Trukikaitis_Postimees, lk 96
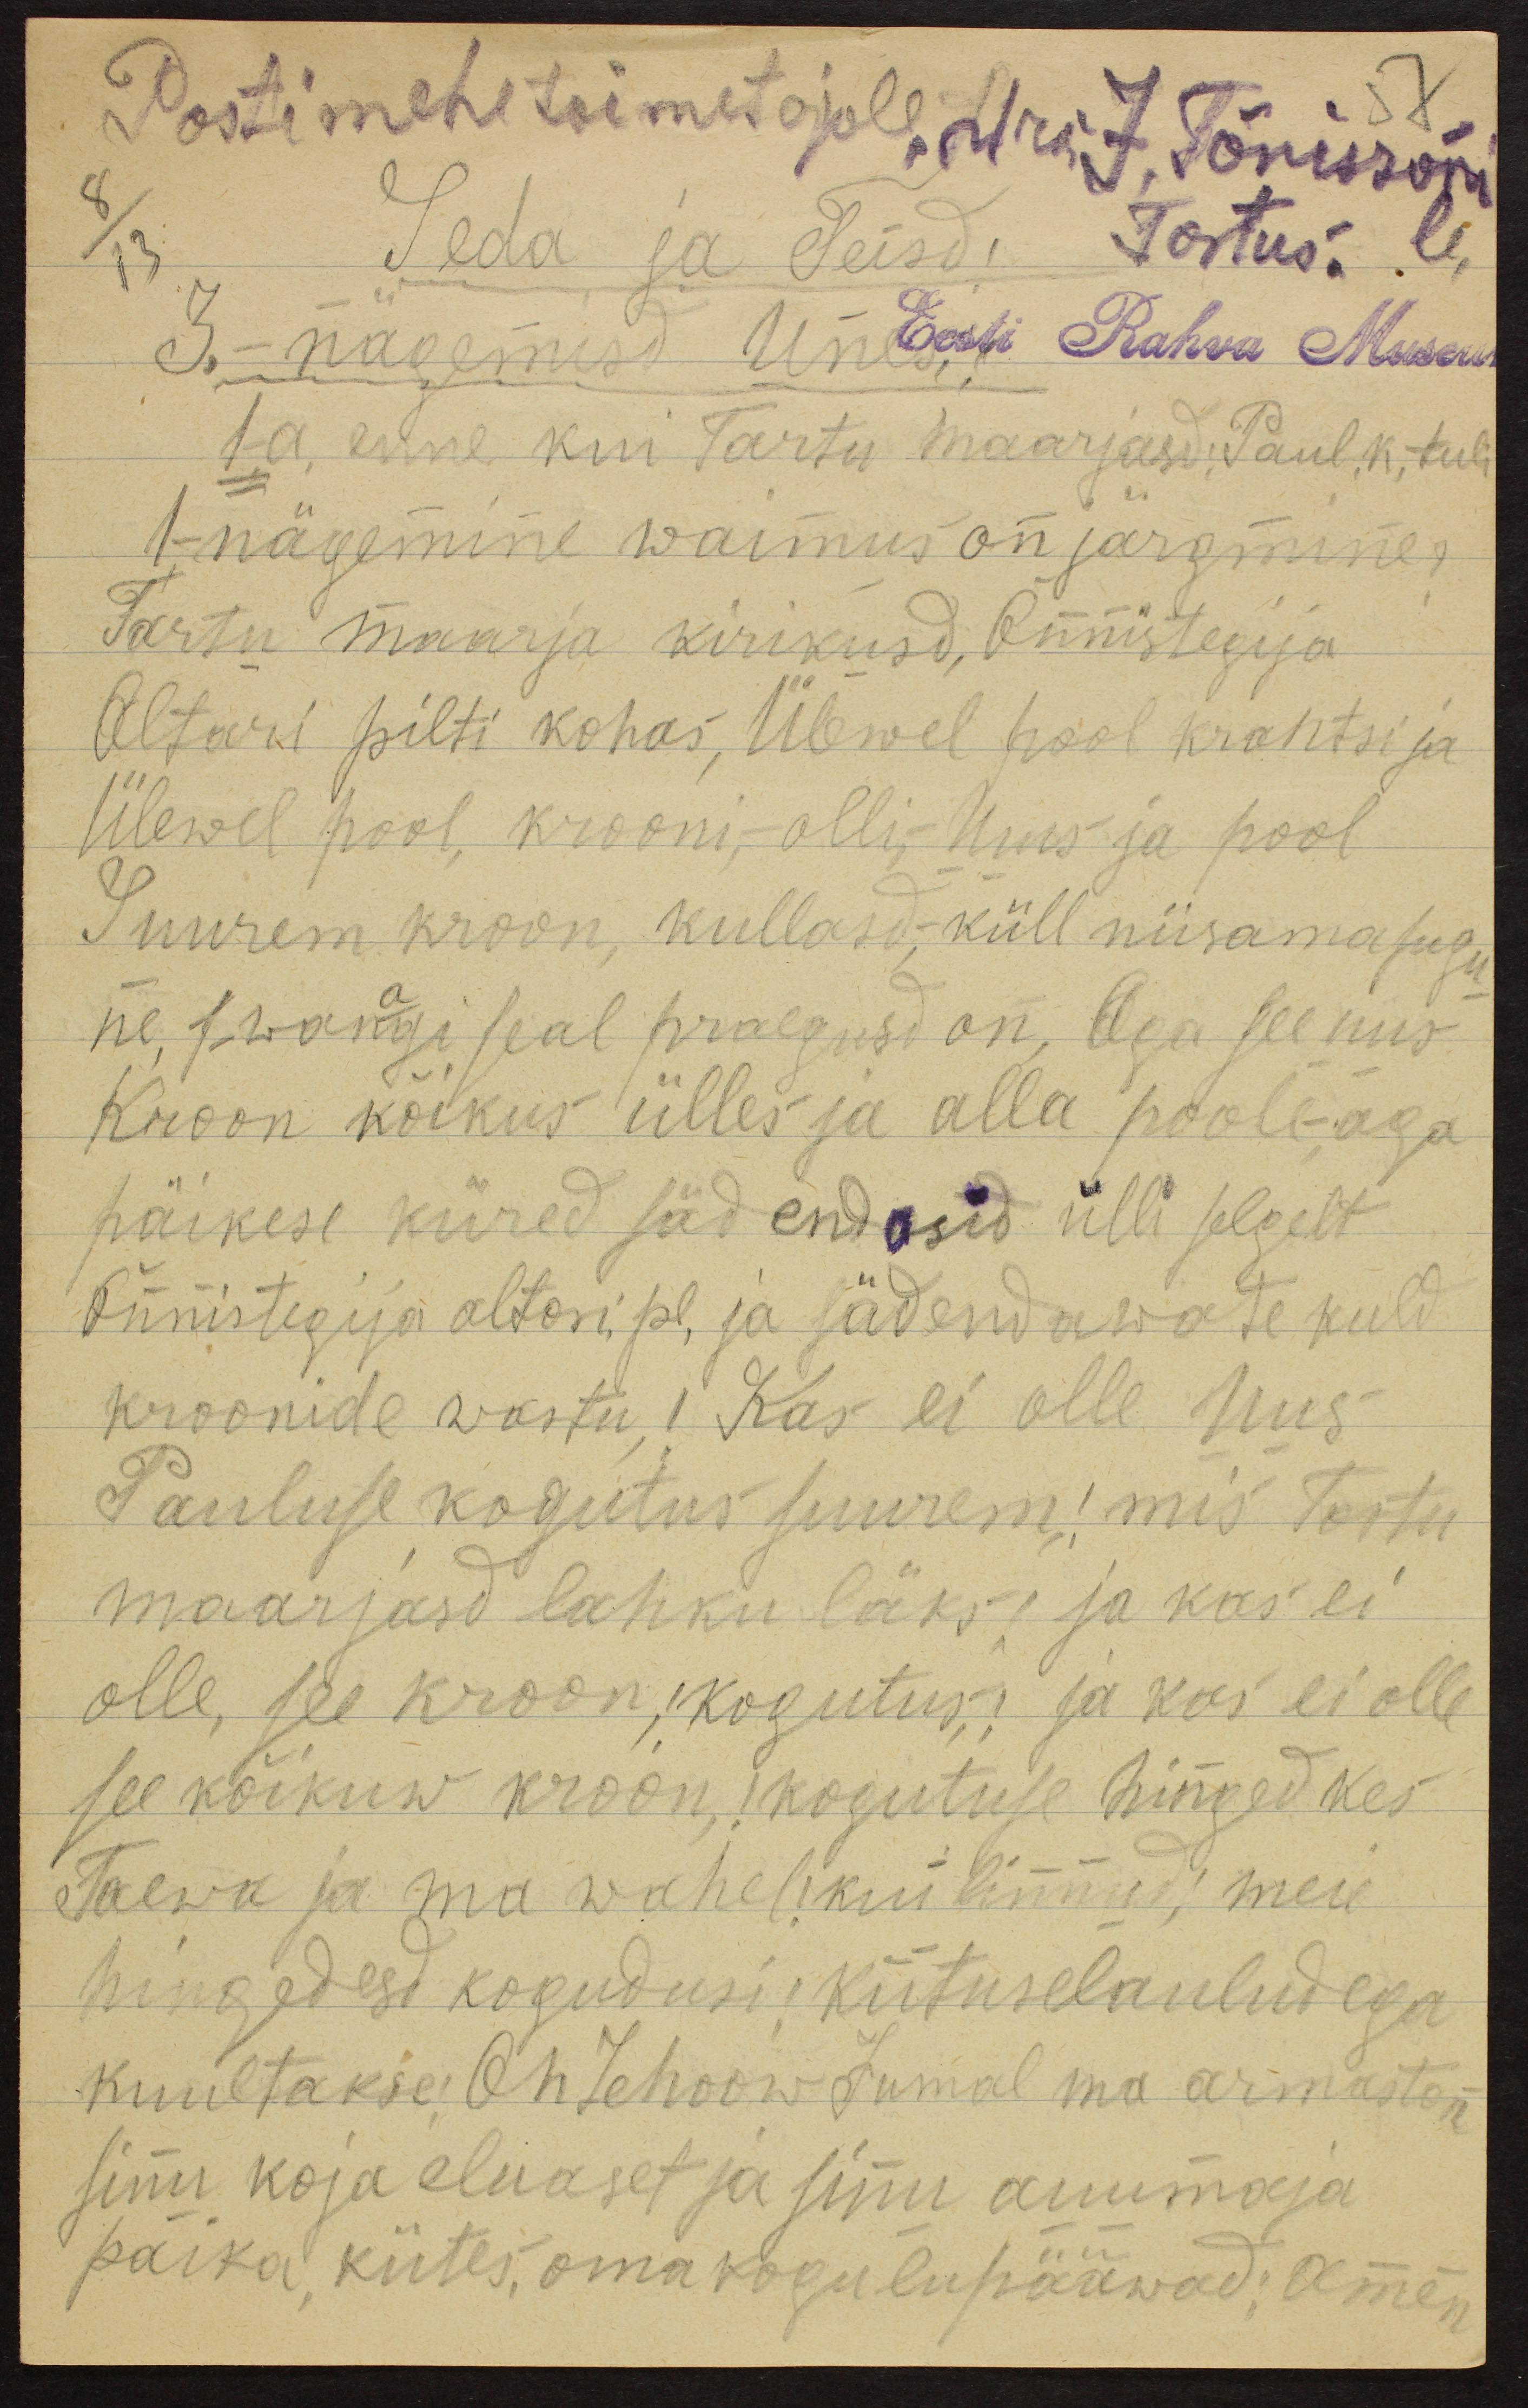
Postimehe toimetajale, Hra J. Tõnissoni
57
8
13
Seda ja Teisd Tartus. le
3. - nägemist Unes Eesti Rahva Museum
1-a, enne kui Tartu Maarjasd Paul.k. tuli
1- nägemine waimus on järgmine,
Tartu Maarja kirikusd, Õnnistegija
Altari pilti kohas, Ülewel pool krantsi ja
ülewel pool krooni, olli - uus ja pool
Suurem kroon, kullasd,- küll niisamasugu
ne 1-wanagi seal praegusd on. Aga see uus
Kroon kõikus ülles ja alla poole-aga
päikese kiired sädendasid ülli selgelt
Õnnistegija altari pl, ja sädendawate kuld
kroonide wastu ! Kas ei olle uus
Pauluse kogutus suurem! mis Tartu
Maarjast lahku läks ja kas ei
olle, see kroon, kogutus ja kas ei olle
see kõikuw kroon, 1 kogutuse hinged kes
Taewa ja ma wahel kui linnud; meie
hingedesd kogudusi, kiituselauludega
kuultakse. Oh Jehoow Jumal ma armastan
sinu koja eluaset ja sinu auumaja
paika kiites oma kogu lupääwad: Amen